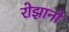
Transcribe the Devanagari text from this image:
रोझानो